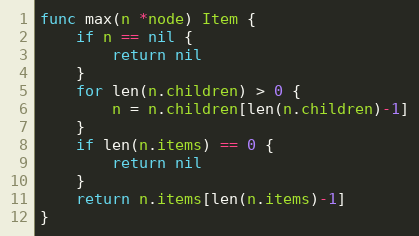
Language: Go
func max(n *node) Item {
	if n == nil {
		return nil
	}
	for len(n.children) > 0 {
		n = n.children[len(n.children)-1]
	}
	if len(n.items) == 0 {
		return nil
	}
	return n.items[len(n.items)-1]
}